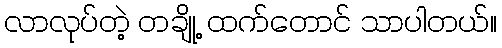
လာလုပ်တဲ့ တချို့ ထက်တောင် သာပါတယ်။